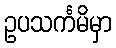
ဥပသင်္ကမိမှာ